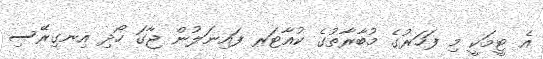
އެ ޓީމަކީ މި ފަހަރުގެ މުބާރާތުގެ ކުއާޓަރ ފައިނަލުން ޖާގަ ހޯދި އިނގިރޭސި